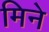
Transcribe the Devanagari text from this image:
मिने